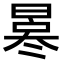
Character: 𠘀